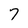
Character: 7